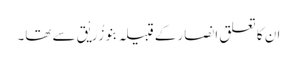
ان کا تعلق انصار کے قبیلہ بنو زُرَیْق سے تھا۔